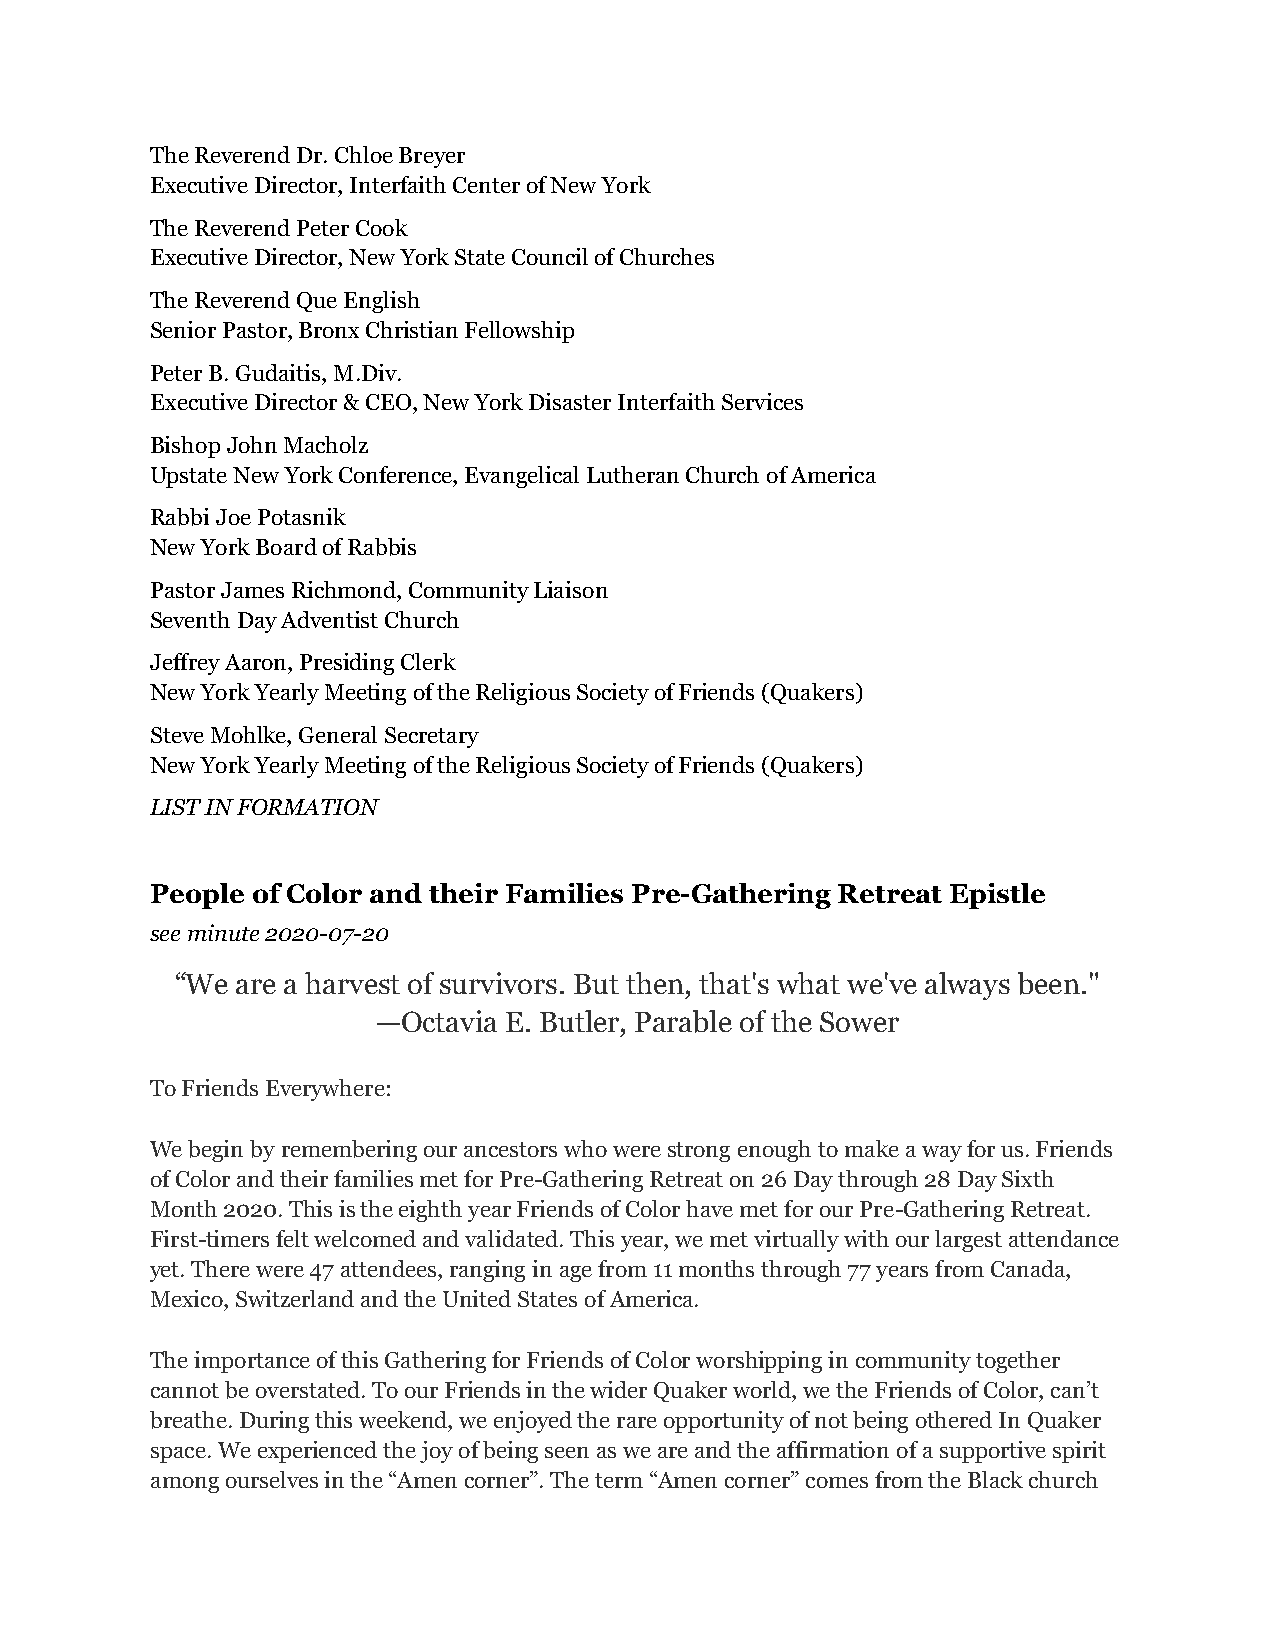
The Reverend Dr. Chloe Breyer
 Executive Director, Interfaith Center of New York
 The Reverend Peter Cook
 Executive Director, New York State Council of Churches
 The Reverend Que English
 Senior Pastor, Bronx Christian Fellowship
 Peter B. Gudaitis, M.Div.
 Executive Director & CEO, New York Disaster Interfaith Services
 Bishop John Macholz
 Upstate New York Conference, Evangelical Lutheran Church of America
 Rabbi Joe Potasnik
 New York Board of Rabbis
 Pastor James Richmond, Community Liaison
 Seventh Day Adventist Church
 Jeffrey Aaron, Presiding Clerk
 New York Yearly Meeting of the Religious Society of Friends (Quakers)
 Steve Mohlke, General Secretary
 New York Yearly Meeting of the Religious Society of Friends (Quakers)
 LIST IN FORMATION
 People of Color and their Families Pre-Gathering Retreat Epistle
 see minute 2020-07-20
 “We are a harvest of survivors. But then, that's what we've always been."
 —Octavia E. Butler, Parable of the Sower
 To Friends Everywhere:
 We begin by remembering our ancestors who were strong enough to make a way for us. Friends
 of Color and their families met for Pre-Gathering Retreat on 26 Day through 28 Day Sixth
 Month 2020. This is the eighth year Friends of Color have met for our Pre-Gathering Retreat.
 First-timers felt welcomed and validated. This year, we met virtually with our largest attendance
 yet. There were 47 attendees, ranging in age from 11 months through 77 years from Canada,
 Mexico, Switzerland and the United States of America.
 The importance of this Gathering for Friends of Color worshipping in community together
 cannot be overstated. To our Friends in the wider Quaker world, we the Friends of Color, can’t
 breathe. During this weekend, we enjoyed the rare opportunity of not being othered In Quaker
 space. We experienced the joy of being seen as we are and the affirmation of a supportive spirit
 among ourselves in the “Amen corner”. The term “Amen corner” comes from the Black church